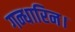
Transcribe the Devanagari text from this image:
गन्धारिन।